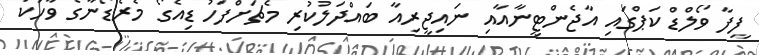
ފީފާ ވޯލްޑް ކަޕްގައި އާޖެންޓީނާއާއި ނައިޖީރިއާ ބައްދަލުކުރި މެޗަށްފަހު ޑިއެގޯ މެރެޑޯނާގެ ވާހަކަ